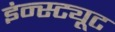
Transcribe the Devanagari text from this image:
इंन्स्ट्यूट